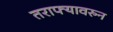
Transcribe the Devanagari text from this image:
तराफ्यावरुन